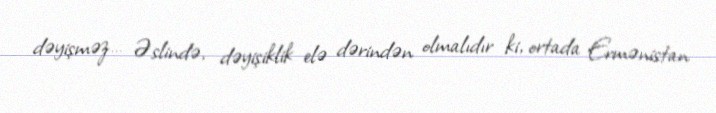
dəyişməz… Əslində, dəyişiklik elə dərindən olmalıdır ki, ortada Ermənistan